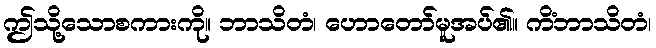
ဤသို့သောစကားကို။ ဘာသိတံ၊ ဟောတော်မူအပ်၏။ ကိံဘာသိတံ၊